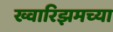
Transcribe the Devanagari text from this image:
ख्वारिझमच्या